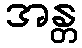
အန္တ